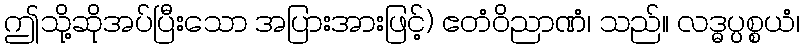
ဤသို့ဆိုအပ်ပြီးသော အပြားအားဖြင့်) ဧတံဝိညာဏံ၊ သည်။ လဒ္ဓပ္ပစ္စယံ၊